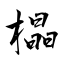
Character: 橸